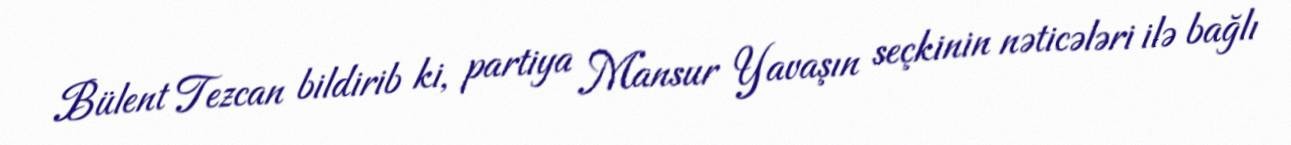
Bülent Tezcan bildirib ki, partiya Mansur Yavaşın seçkinin nəticələri ilə bağlı